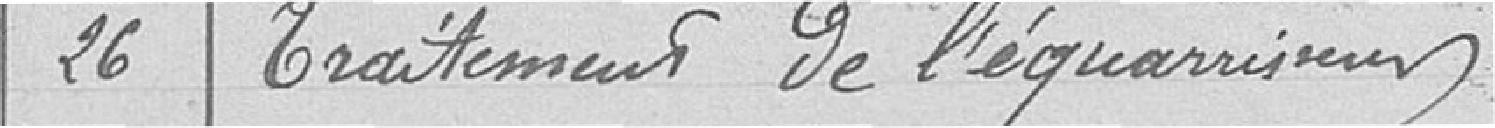
Traitement de l’équarrisseur